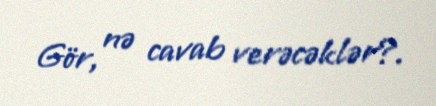
Gör, nə cavab verəcəklər?.